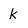
Character: k